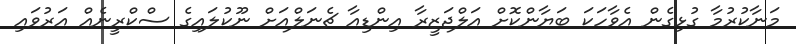
މަނާކުރުމާ ގުޅިގެން އެވާހަކަ ބަޔާންކޮށް އަލްޖަޒީރާ އިންޑިއާ ޗެނަލްއަށް ނޫކުލައިގެ ސްކްރީނެއް އަރުވައި